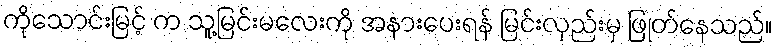
ကိုသောင်းမြင့် က သူ့မြင်းမလေးကို အနားပေးရန် မြင်းလှည်းမှ ဖြုတ်နေသည်။